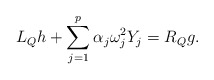
\begin{align*} L_{Q}h+\sum_{j=1}^p \alpha_j\omega_j^2Y_j=R_{Q}g. \end{align*}